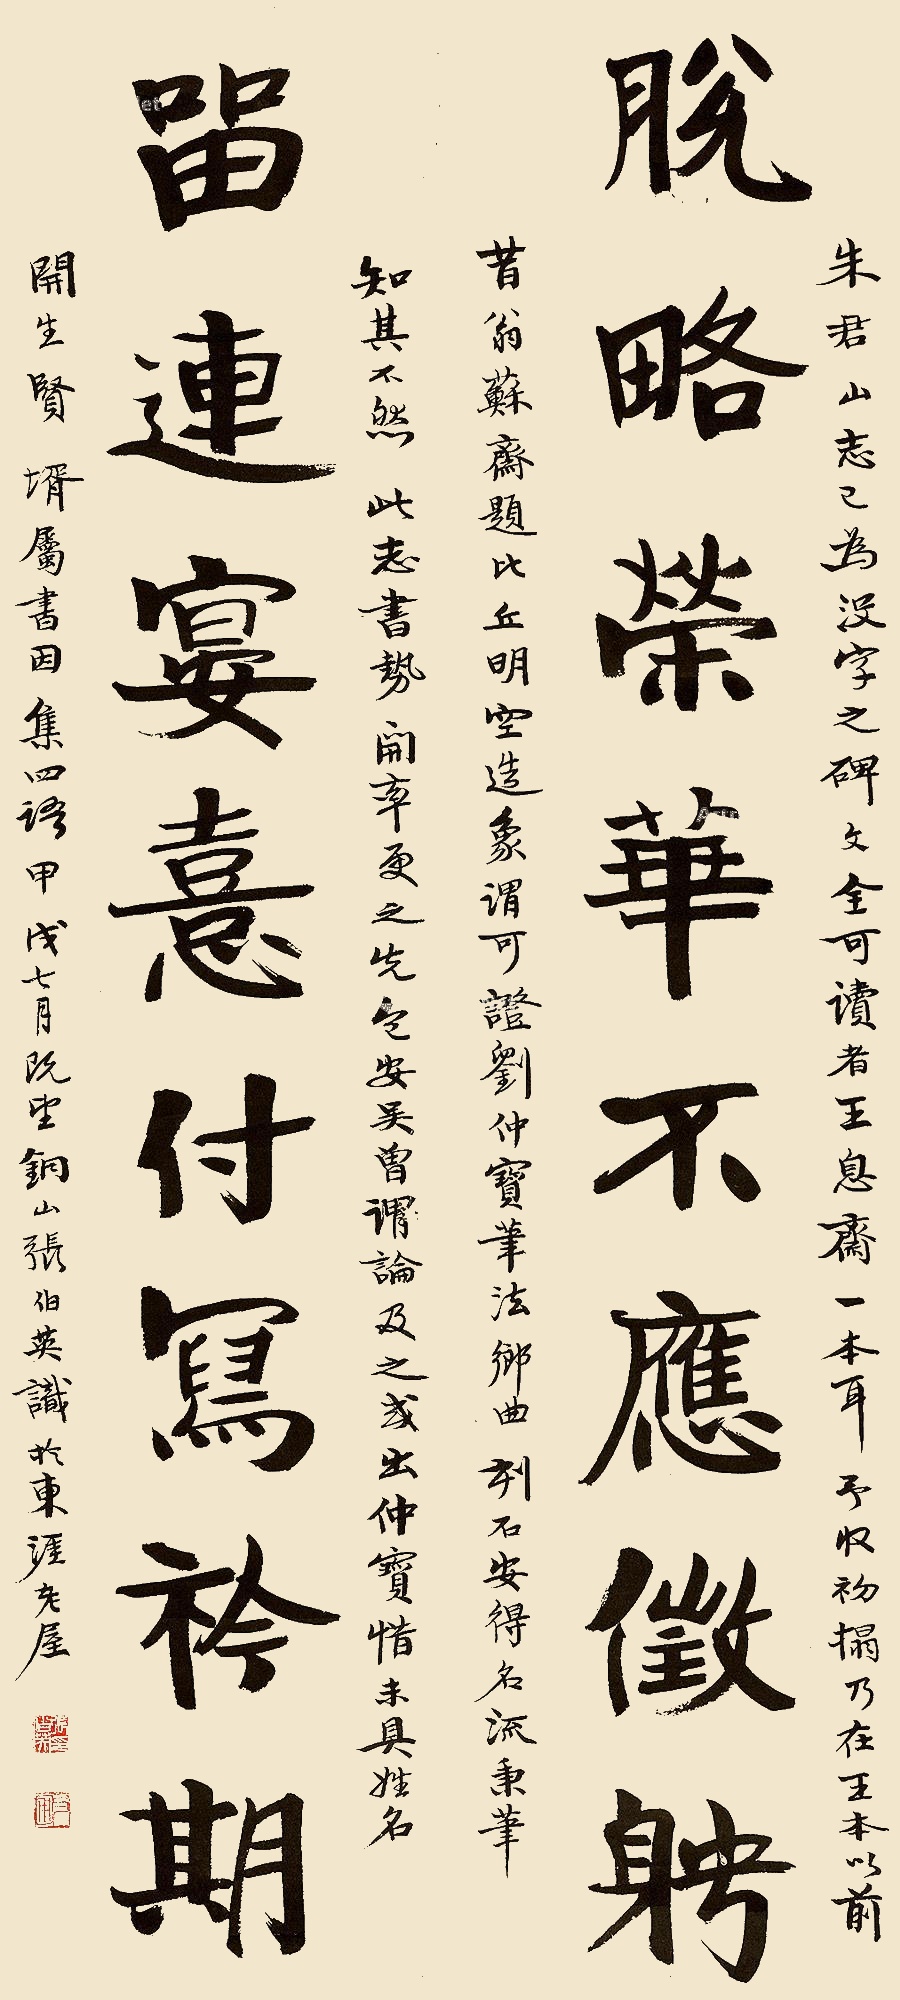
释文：脱略荣华不应征聘，留恋宴熹付写衿期。朱君山志已为没字之碑，文全可读者王息斋一本耳，予收初拓乃在王本以前。昔翁苏斋题比丘明空造像，谓可证刘仲宝笔法。乡曲刻石，安得名流秉笔？知其不然。此志书势开率更之先，包安吴曾论及之，或出仲宝，惜未具姓名。开生贤婿属书，因集四语。甲戌七月既望，铜山张伯英识于东涯老屋。